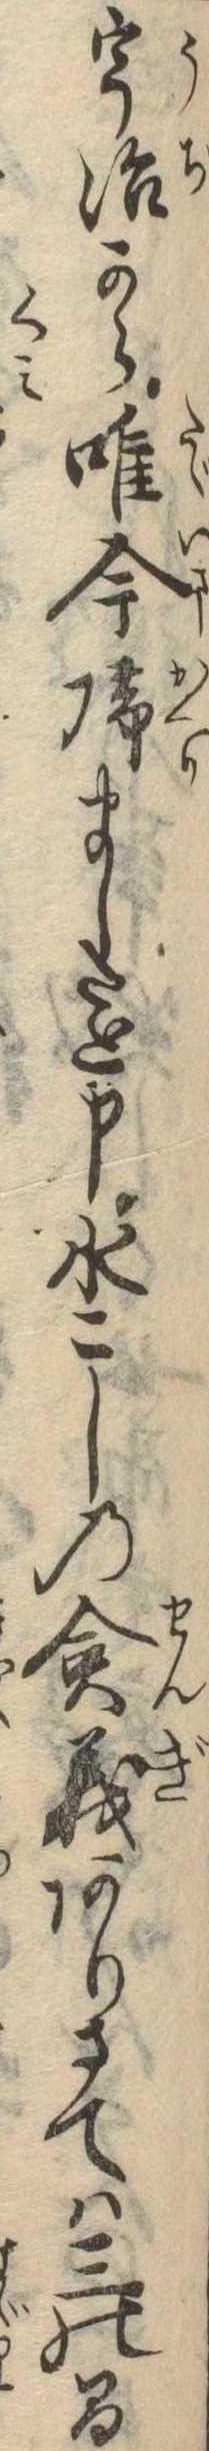
宇治から唯今帰ましたと申水こしの僉義ありさては三の間